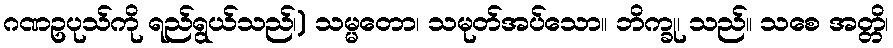
ဂဏဥပုသ်ကို ရည်ရွယ်သည်၊) သမ္မတော၊ သမုတ်အပ်သော။ ဘိက္ခု၊ သည်။ သစေ အတ္တိ၊